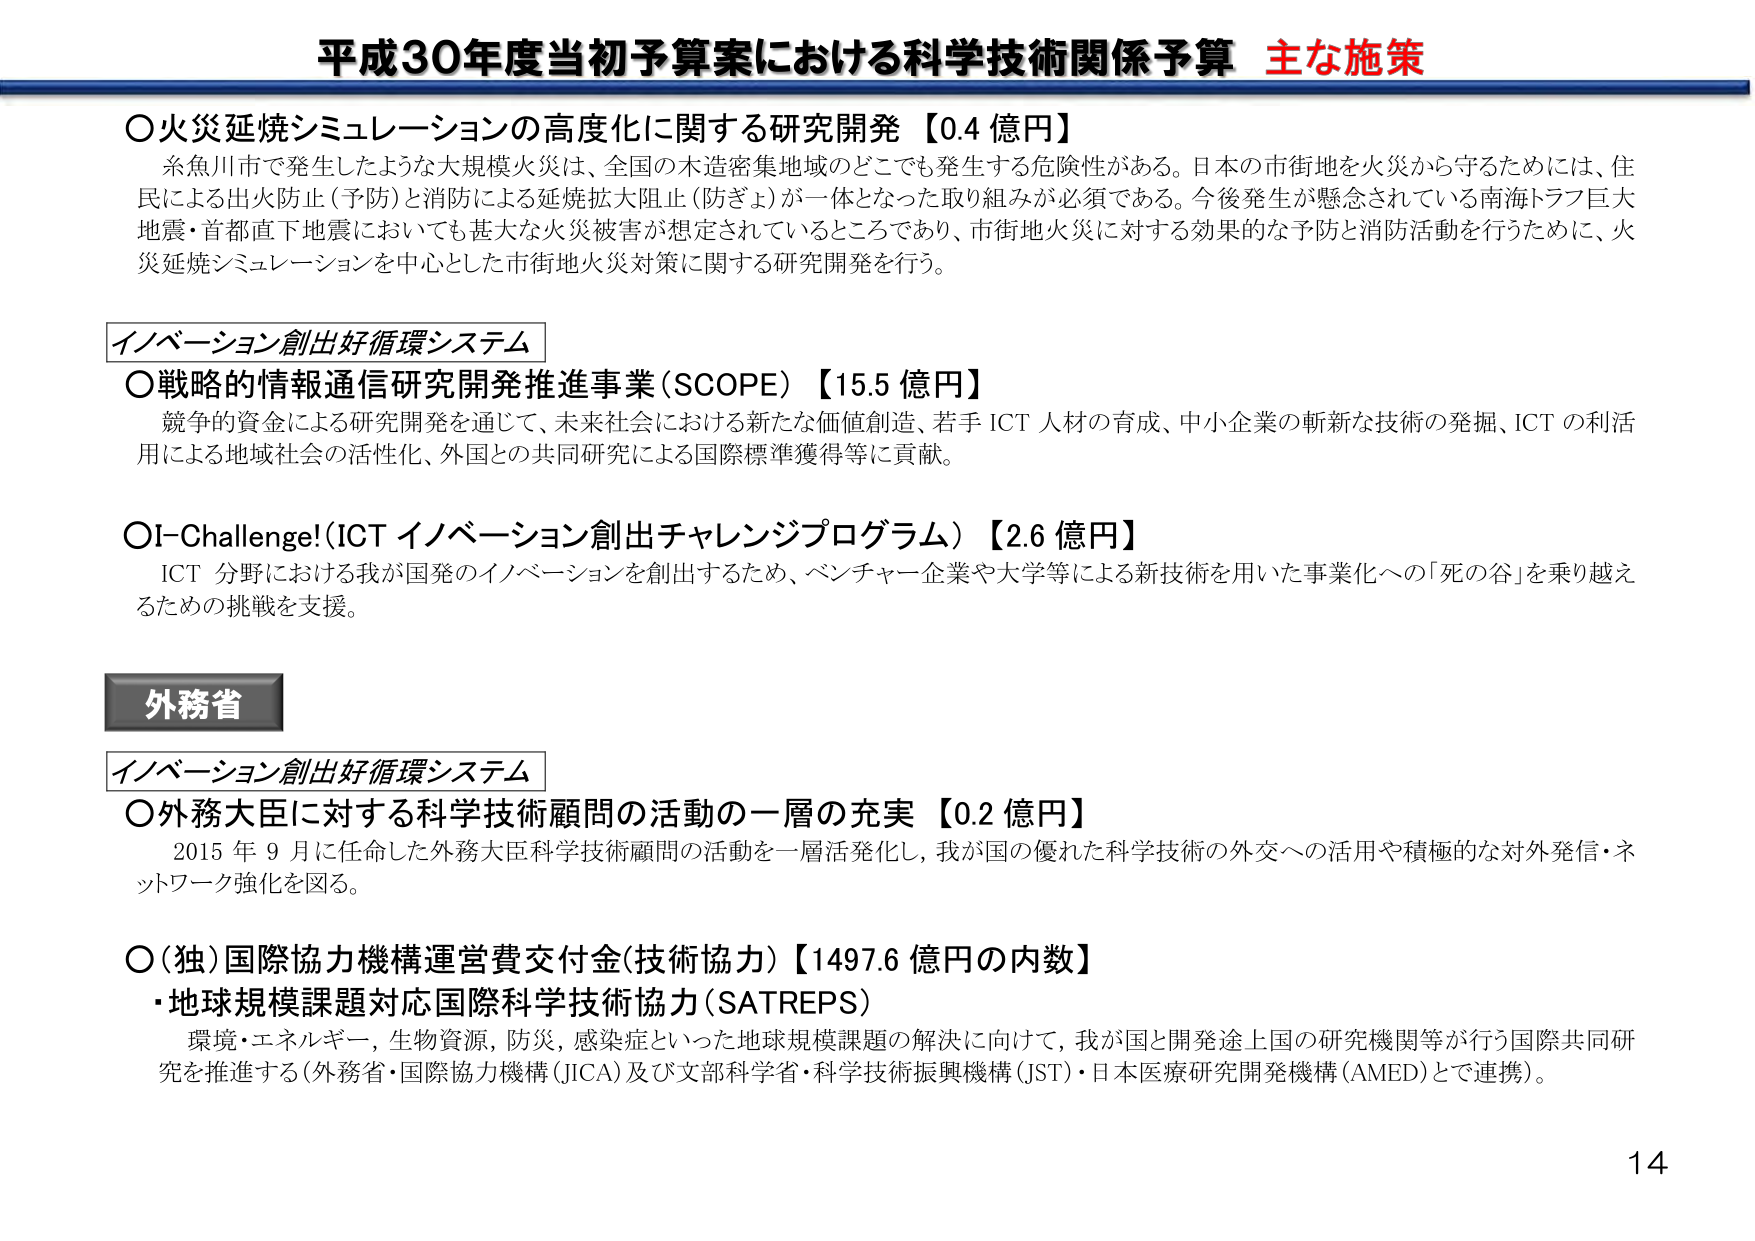
平成30年度当初予算案における科学技術関係予算 主な施策

○火災延焼シミュレーションの高度化に関する研究開発【0.4 億円】
糸魚川市で発生したような大規模火災は、全国の木造密集地域のどこでも発生する危険性がある。日本の市街地を火災から守るためには、住民による出火防止（予防）と消防による延焼拡大阻止（防ぎょ）が一体となった取り組みが必須である。今後発生が懸念されている南海トラフ巨大地震・首都直下地震においても甚大な火災被害が想定されているところであり、市街地火災に対する効果的な予防と消防活動を行うために、火災延焼シミュレーションを中心とした市街地火災対策に関する研究開発等を行う。

イノベーション創出好循環システム

○戦略的情報通信研究開発推進事業（SCOPE）【15.5 億円】
競争的資金による研究開発を通じて、未来社会における新たな価値創造、若手 ICT 人材の育成、中小企業の斬新な技術の発掘、ICT の利活用による地域社会の活性化、外国との共同研究による国際標準獲得等に貢献。

○I-Challenge!（ICT イノベーション創出チャレンジプログラム）【2.6 億円】
ICT 分野における我が国発のイノベーションを創出するため、ベンチャー企業や大学等による新技術を用いた事業化への「死の谷」を乗り越えるための挑戦を支援。

外務省

イノベーション創出好循環システム

○外務大臣に対する科学技術顧問の活動の一層の充実【0.2 億円】
2015 年 9 月に任命した外務大臣科学技術顧問の活動を一層活発化し、我が国の優れた科学技術の外交への活用や積極的な対外発信・ネットワーク強化を図る。

○（独）国際協力機構運営費交付金（技術協力）【1497.6 億円の内数】
・地球規模課題対応国際科学技術協力（SATREPS）
環境・エネルギー、生物資源、防災、感染症といった地球規模課題の解決に向けて、我が国と開発途上国の研究機関等が行う国際共同研究を推進する（外務省・国際協力機構（JICA）及び文部科学省・科学技術振興機構（JST）・日本医療研究開発機構（AMED）とで連携）。

14